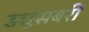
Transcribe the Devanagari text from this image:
ड्यूसबरी